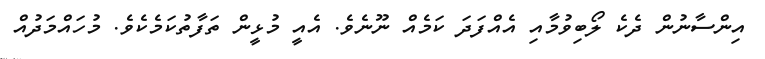
އިންސާނުން ދެކެ ލޯބިވުމާއި އެއްފަދަ ކަމެއް ނޫނެވެ. އެއީ މުޅީން ތަފާތުކަމެކެވެ. މުހައްމަދުއް